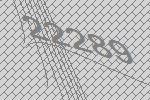
22289